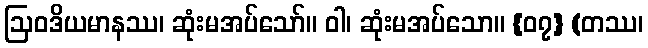
ဩဝဒိယမာနဿ၊ ဆုံးမအပ်သော်။ ဝါ၊ ဆုံးမအပ်သော။ {၀၇} (တဿ၊